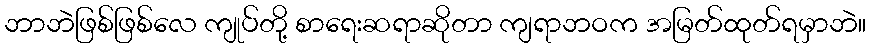
ဘာဘဲဖြစ်ဖြစ်လေ ကျုပ်တို့ စာရေးဆရာဆိုတာ ကျရာဘဝက အမြတ်ထုတ်ရမှာဘဲ။